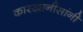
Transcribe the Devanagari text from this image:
कारखानीसांनी